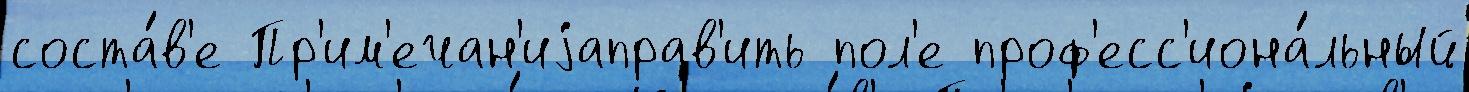
соста́в'е Пр'им'ечан'иjаправ'ить пол'е проф'есс'иона́льный